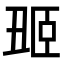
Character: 𬛢